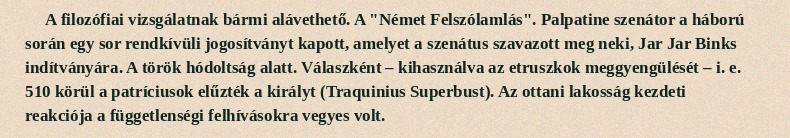
A filozófiai vizsgálatnak bármi alávethető. A "Német Felszólamlás". Palpatine szenátor a háború során egy sor rendkívüli jogosítványt kapott, amelyet a szenátus szavazott meg neki, Jar Jar Binks indítványára. A török hódoltság alatt. Válaszként – kihasználva az etruszkok meggyengülését – i. e. 510 körül a patríciusok elűzték a királyt (Traquinius Superbust). Az ottani lakosság kezdeti reakciója a függetlenségi felhívásokra vegyes volt.